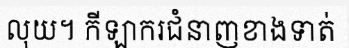
លុយ។ កីឡាករជំនាញខាងទាត់